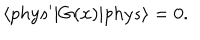
LaTeX: \langle p h y s ^ { \prime } | G ( x ) | p h y s \rangle = 0 .